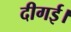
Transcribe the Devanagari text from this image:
दीगई।